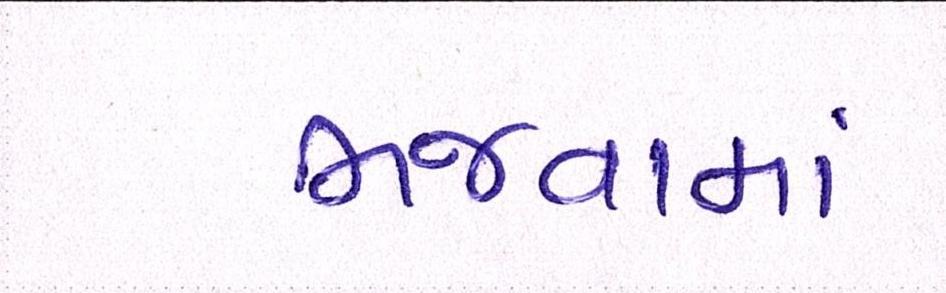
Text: ભજવામાં